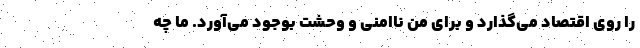
را روی اقتصاد می‌گذارد و برای من ناامنی و وحشت بوجود می‌آورد. ما چه